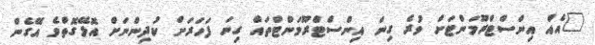
"އެއް އިންސްޓްރޫމަންޓަށް ވުރެ ގިނަ އިންސްޓްރޫމަންޓްތައް ގިނަ ފަހަރަށް ކުދިންނަށް އޮޅޭގޮތްވެ އޭގެން